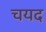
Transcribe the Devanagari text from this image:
चयद